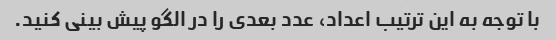
با توجه به این ترتیب اعداد، عدد بعدی را در الگو پیش بینی کنید.